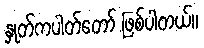
နှုတ်ကပါတ်တော် ဖြစ်ပါတယ်။